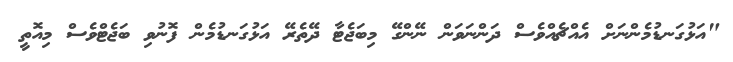
"އަޅުގަނޑުމެންނަށް އެއްޗެއްވެސް ދަންނަވަން ނޭންގޭ މިބަޖެޓާ ދޭތެރޭ އަޅުގަނޑުމެން ފޮނުވި ބަޖެޓްވެސް މިއޮތީ